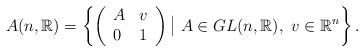
LaTeX: \begin{align*}A(n,\mathbb{R})=\left\{\left(\begin{array}{ll}A & v\\0 & 1\end{array}\right)\big| ~A\in GL(n,\mathbb{R}),~v\in \mathbb{R}^n\right\}.\end{align*}